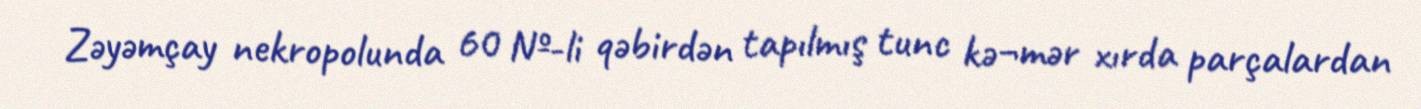
Zəyəmçay nekropolunda 60 №-li qəbirdən tapılmış tunc kə¬mər xırda parçalardan